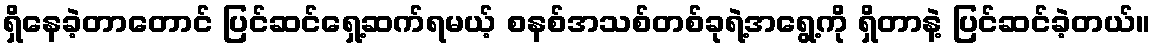
ရှိနေခဲ့တာတောင် ပြင်ဆင်ရှေ့ဆက်ရမယ့် စနစ်အသစ်တစ်ခုရဲ့အရွေ့ကို ရှိတာနဲ့ ပြင်ဆင်ခဲ့တယ်။